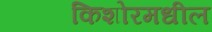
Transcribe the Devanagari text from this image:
किशोरमधील